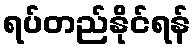
ရပ်တည်နိုင်ရန်